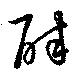
酔